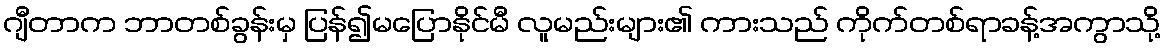
ဂျီတာက ဘာတစ်ခွန်းမှ ပြန်၍မပြောနိုင်မီ လူမည်းများ၏ ကားသည် ကိုက်တစ်ရာခန့်အကွာသို့